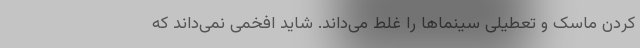
کردن ماسک و تعطیلی سینماها را غلط می‌داند. شاید افخمی نمی‌داند که